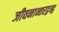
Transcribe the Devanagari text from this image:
जीवनान्तरद्वन्द्व